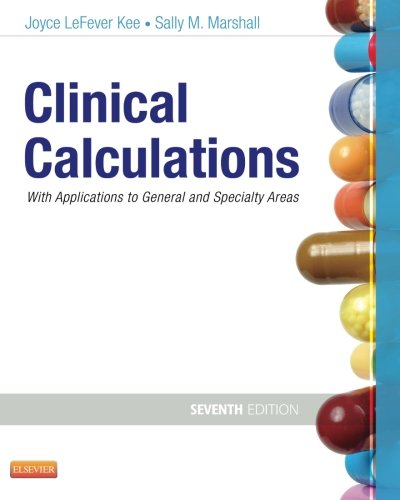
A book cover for Clinical Calculations: With Applications to General and Specialty Areas, 7e; Joyce LeFever Kee MS  RN; Medical Books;